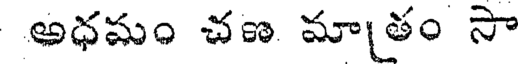
అధమం చణ మాతం సా